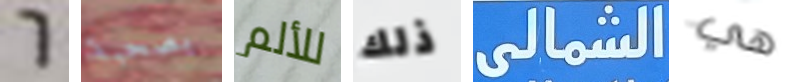
6 بصحبة للألم ذلك الشمالى هي